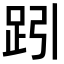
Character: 𧿯